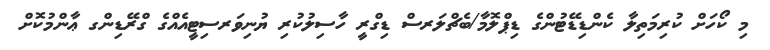
މި ކޯހަށް ކުރިމަތިލާ ކެންޑިޑޭޓުންގެ ޑިޕްލޮމާ/ބެޗްލަރސް ޑިގްރީ ހާސިލުކުރި ޔުނިވަރސިޓީއެއްގެ ގްރޭޑިންގ ޢާންމުކޮށް